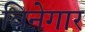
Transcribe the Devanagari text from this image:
विनेगार